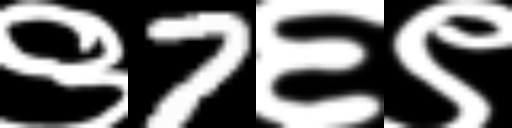
Text: ९7६९